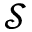
\mathcal { S }